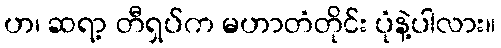
ဟ၊ ဆရာ့ တီရှပ်က မဟာတံတိုင်း ပုံနဲ့ပါလား။